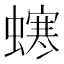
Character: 𧑚